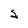
Character: S